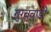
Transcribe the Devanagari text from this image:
गुरववाडी